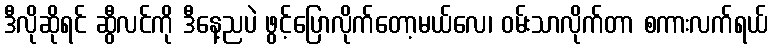
ဒီလိုဆိုရင် ဆွီလင်ကို ဒီနေ့ညပဲ ဖွင့်ပြောလိုက်တော့မယ်လေ၊ ဝမ်းသာလိုက်တာ စကားလက်ရယ်